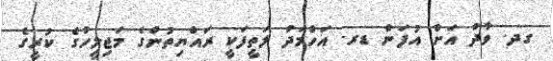
ގދ. ވާދު އަށް އުފަން ޑރ. އަހްމަދު ލަތީފަކީ ރައްޔިތުންގެ މަޖިލީހުގެ ކުރީގެ